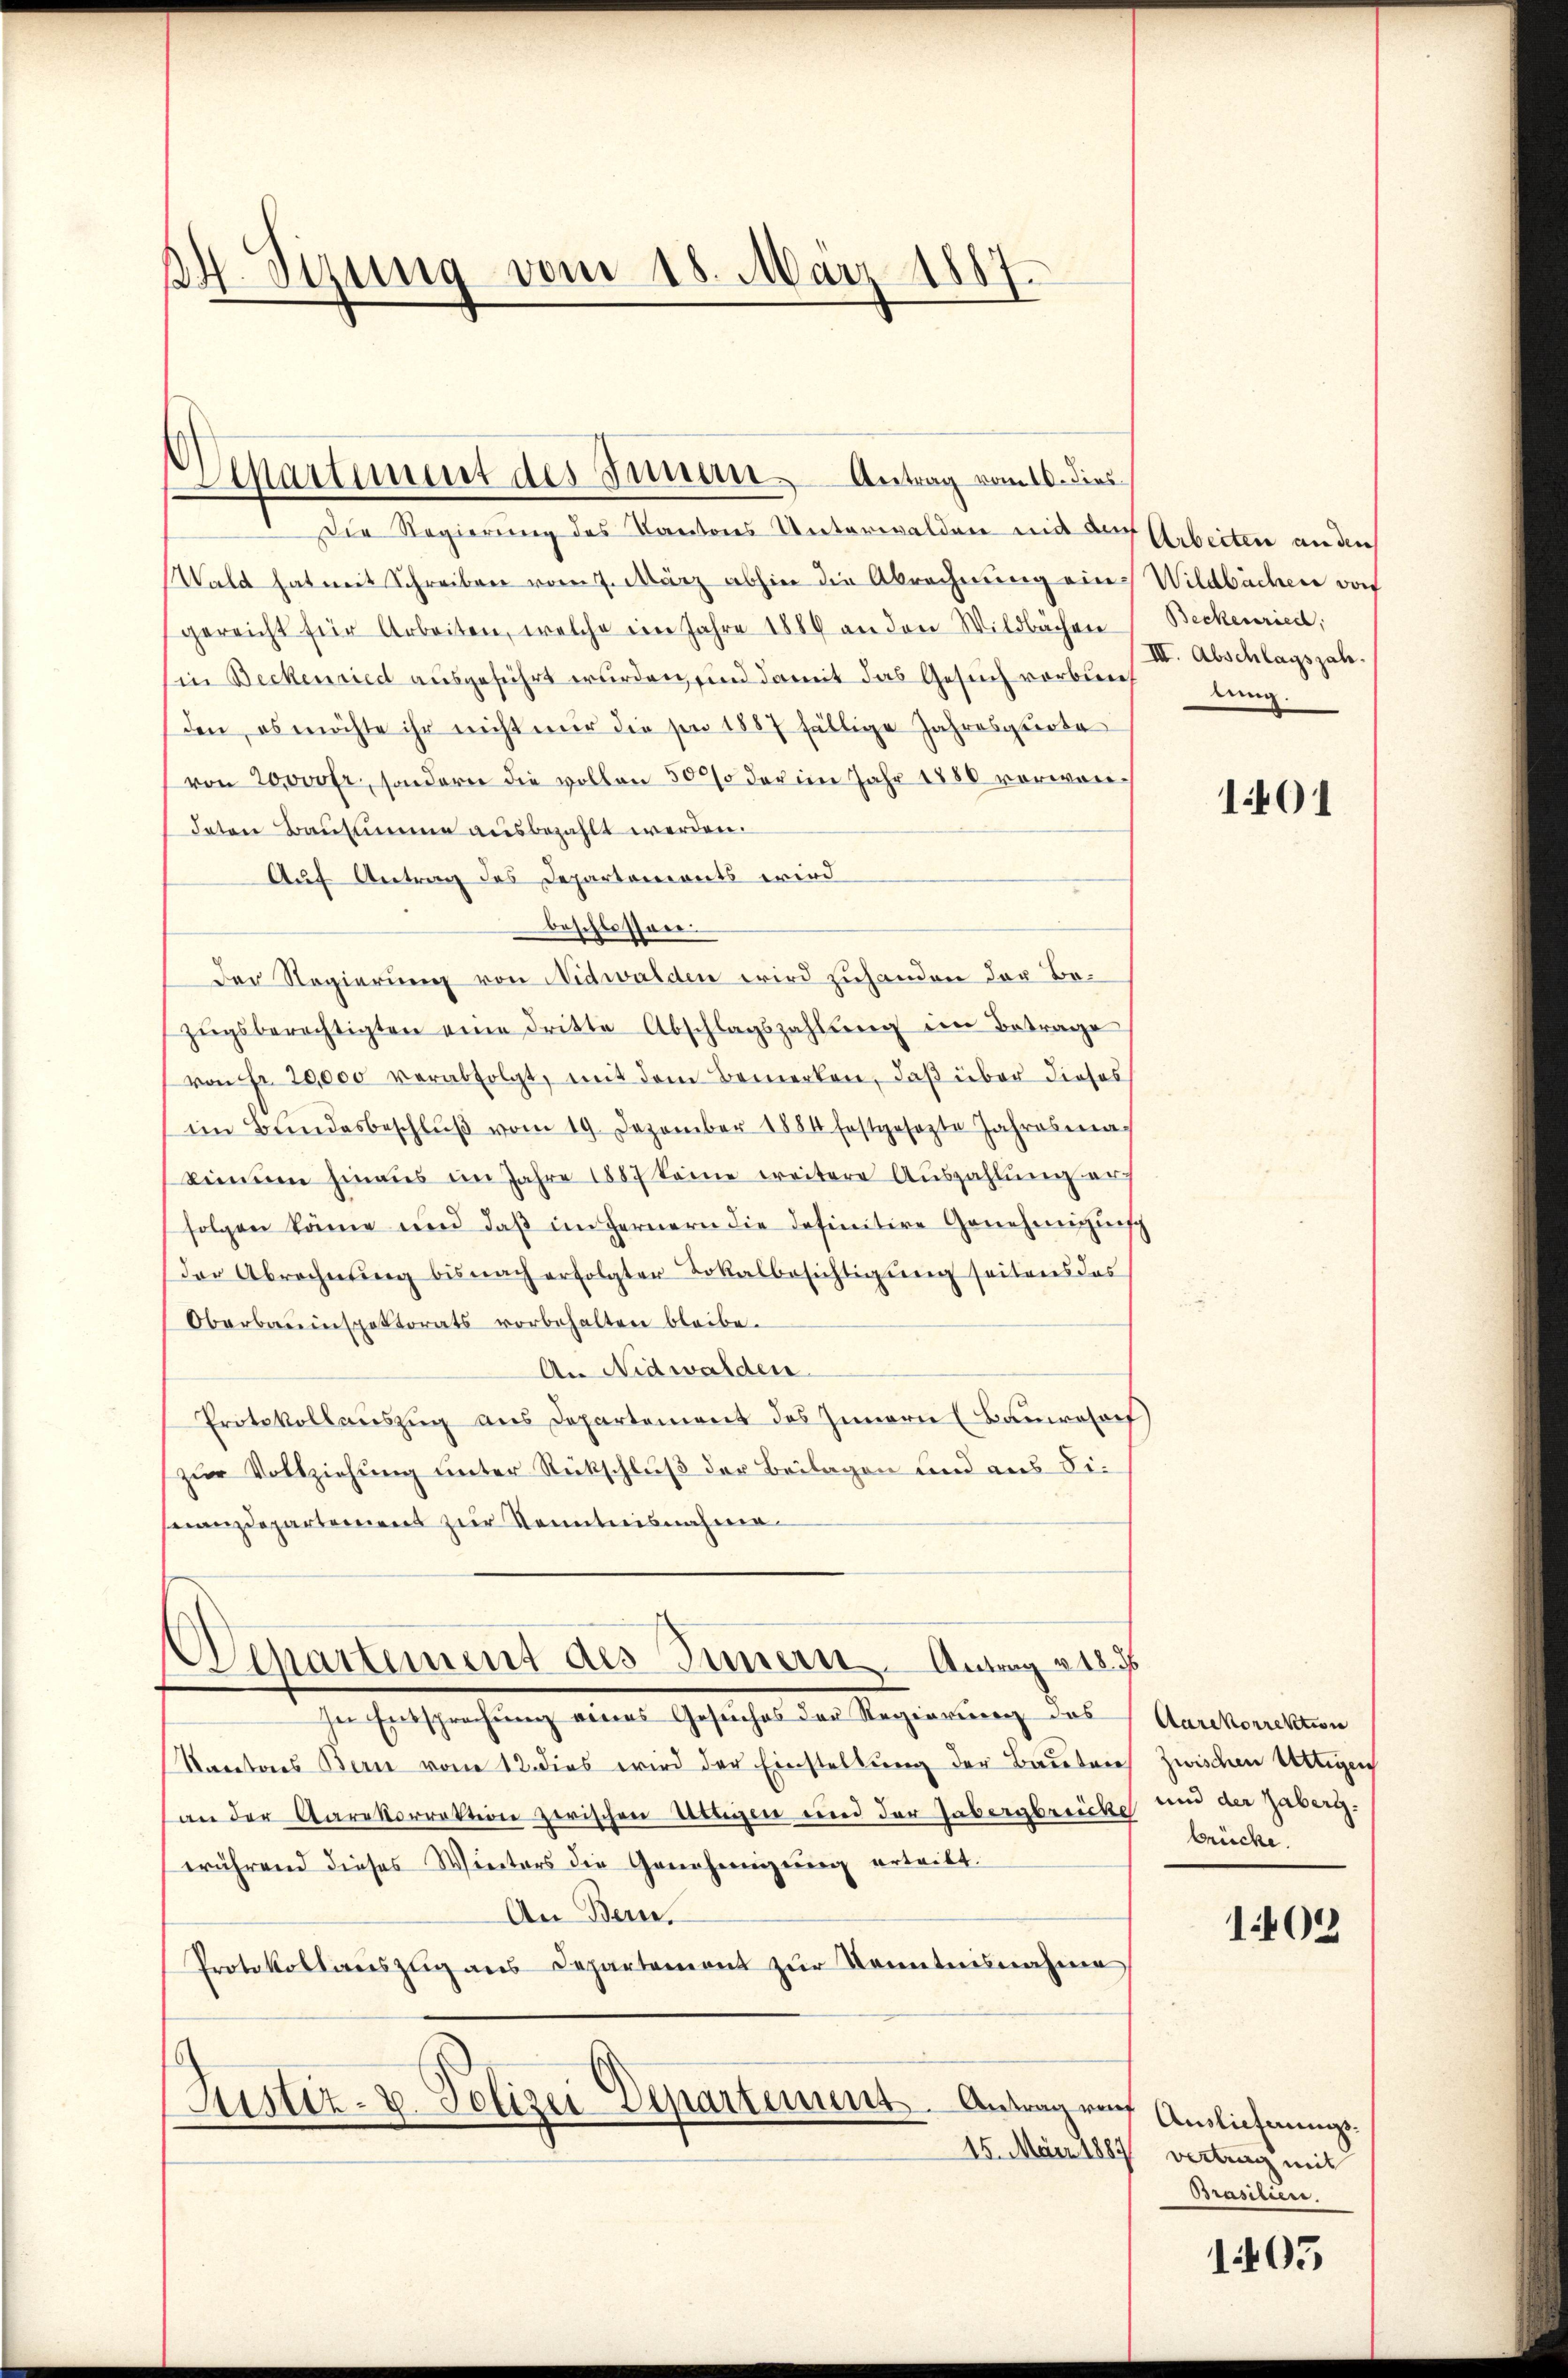
24. Sizung vom 18. März 1887.

Martiment des Innern Antrag vom 10. dies

1 Die Regierung des Kantons Unterwalden mit der
Wald hat mit Schreiben vom 7. März abhin die Abrechnung ein
gereicht für Arbeiten, welche ein Jahre 1884 an den Wildbachen
in Beckenried ausgeführt wurden, sind damit das Gesuch verbun
den, es möchte ihr nicht nur die von 1887 fällige Jahresquote
von 20000 fr., sondern die vollen 500% der im Jahr 1880 vorwordaten Bausumme ausbezahlt werden.
Auf Antrag des Departemonts wird
beschlossen.
Der Regierung von Nidwalden wird zuhanden der Bezŭgsberechtigten eine dritte Abschlagszahlung im Betrage
von Fr. 20,000 verabfolgt, mit dem Bemerken, daß über dieses
im Bundesbeschlŭβ vom 19. Dezember 1884 festgesezte Jahresiakeinem hinaus im Jahre 1887 keine weitere Aŭszahlŭng er
folgen könne und daβ im Fernern die definitive Genehmigŭn
der Abrechnŭng bis nach erfolgter Lokalbesichtigung seitens das
Oberbauinspektorats vorbehalten bleibe.
An Nidwalden.
Protokollauszug aus Departement des Innern (Bauwese
zur Vollziehung unter Rückschluß der Beilagen und aus Sinanzdepartement zur Kenntnisnahme
Separtement des Innern - Antrag v. 18.
In Entsprechung eines Gesuches der Regierung das
Kantons Bern vom 12. dies wird der Einstellung der Bauten
an der Aarekorrektion zwischen Übrigen und der Gabergbrücke
während dieses Winters die Genehmigung erteilt.
An Bern.
Protokollauszug aus Departement zŭr Kenntnisnahme
Justiz- & Polizei Departement. Antrag von

7 Arbeiten an den
Wildbacher dorf
Beckenriedl,
III. Abschlagsjah.
lung

101

Aarekorrektion
zwischen Uttigen
und der Gaberg.
brücke.

1409

7 Anzeichnungs
15. März 1887 vertrag mit
Prasiliere.

1405